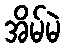
အိမ်မဲ